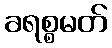
ခရစ္စမတ်